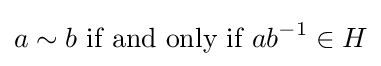
a\sim b{\text{ if and only if }}ab^{-1}\in H